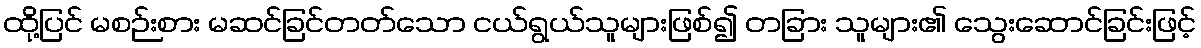
ထို့ပြင် မစဉ်းစား မဆင်ခြင်တတ်သော ငယ်ရွယ်သူများဖြစ်၍ တခြား သူများ၏ သွေးဆောင်ခြင်းဖြင့်